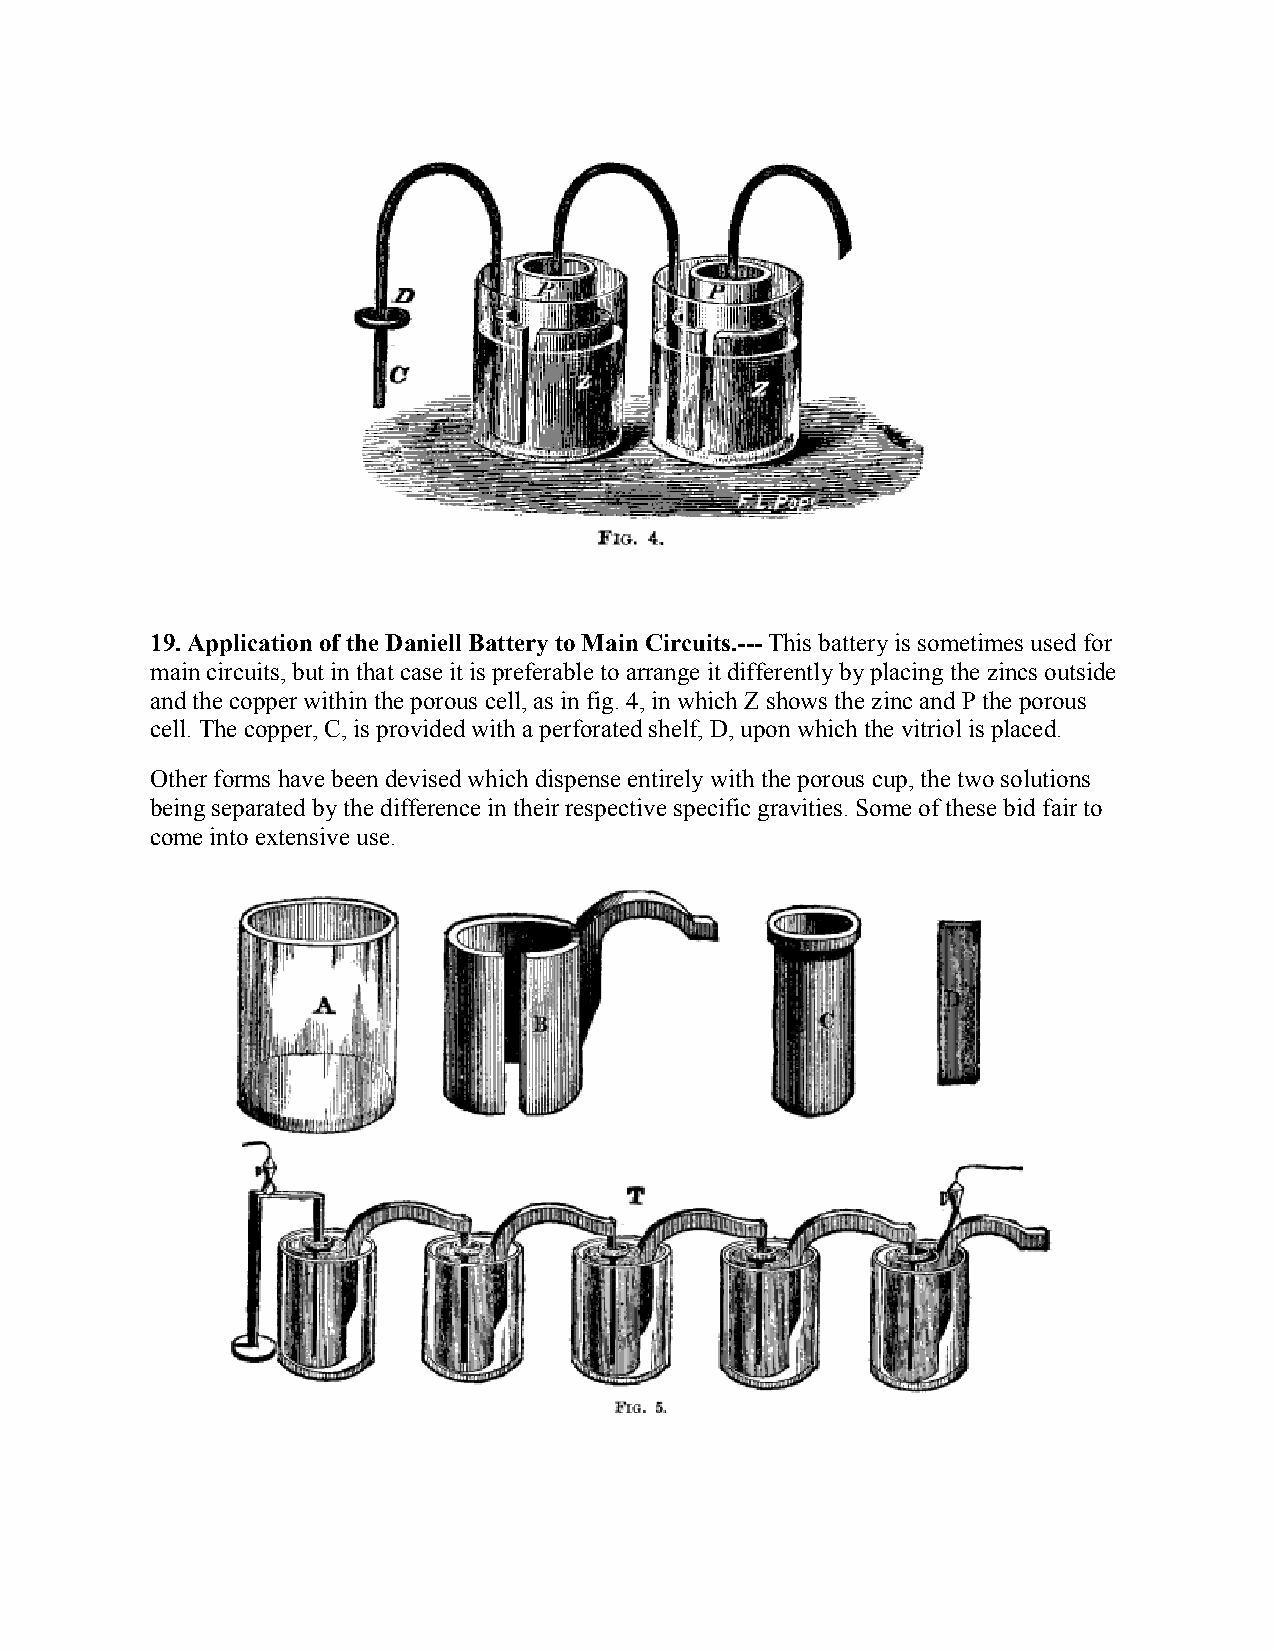
19. Application of the Daniell Battery to Main Circuits.--- This battery is sometimes used for
 main circuits, but in that case it is preferable to arrange it differently by placing the zincs outside
 and the copper within the porous cell, as in fig. 4, in which Z shows the zinc and P the porous
 cell. The copper, C, is provided with a perforated shelf, D, upon which the vitriol is placed.
 Other forms have been devised which dispense entirely with the porous cup, the two solutions
 being separated by the difference in their respective specific gravities. Some of these bid fair to
 come into extensive use.